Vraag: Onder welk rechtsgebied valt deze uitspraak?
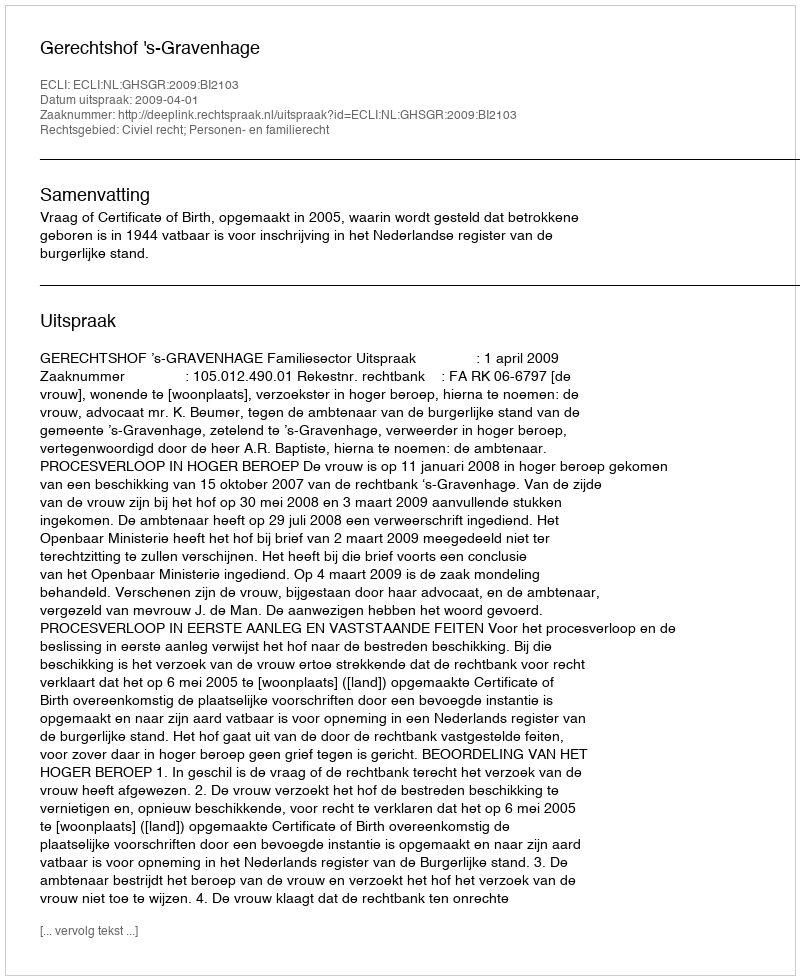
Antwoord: Civiel recht; Personen- en familierecht